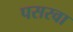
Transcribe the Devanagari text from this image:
पसरवा